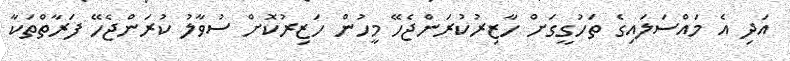
އަދި އެ މައްސަލައިގެ ތަހުގީގަށް ހާޒިރުކުރަންޖެހޭ މީހުން ހަޒިރުކޮށް ސުވާލު ކުރަންޖެހޭ ފަރާތްތަކާ